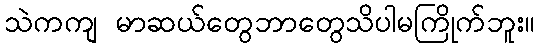
သဲကကျ မာဆယ်တွေဘာတွေသိပါမကြိုက်ဘူး။